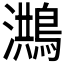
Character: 𪃡